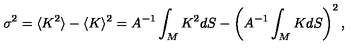
\sigma ^ { 2 } = \langle K ^ { 2 } \rangle - \langle K \rangle ^ { 2 } = A ^ { - 1 } \int _ { M } K ^ { 2 } d S - \left( A ^ { - 1 } \int _ { M } K d S \right) ^ { 2 } ,